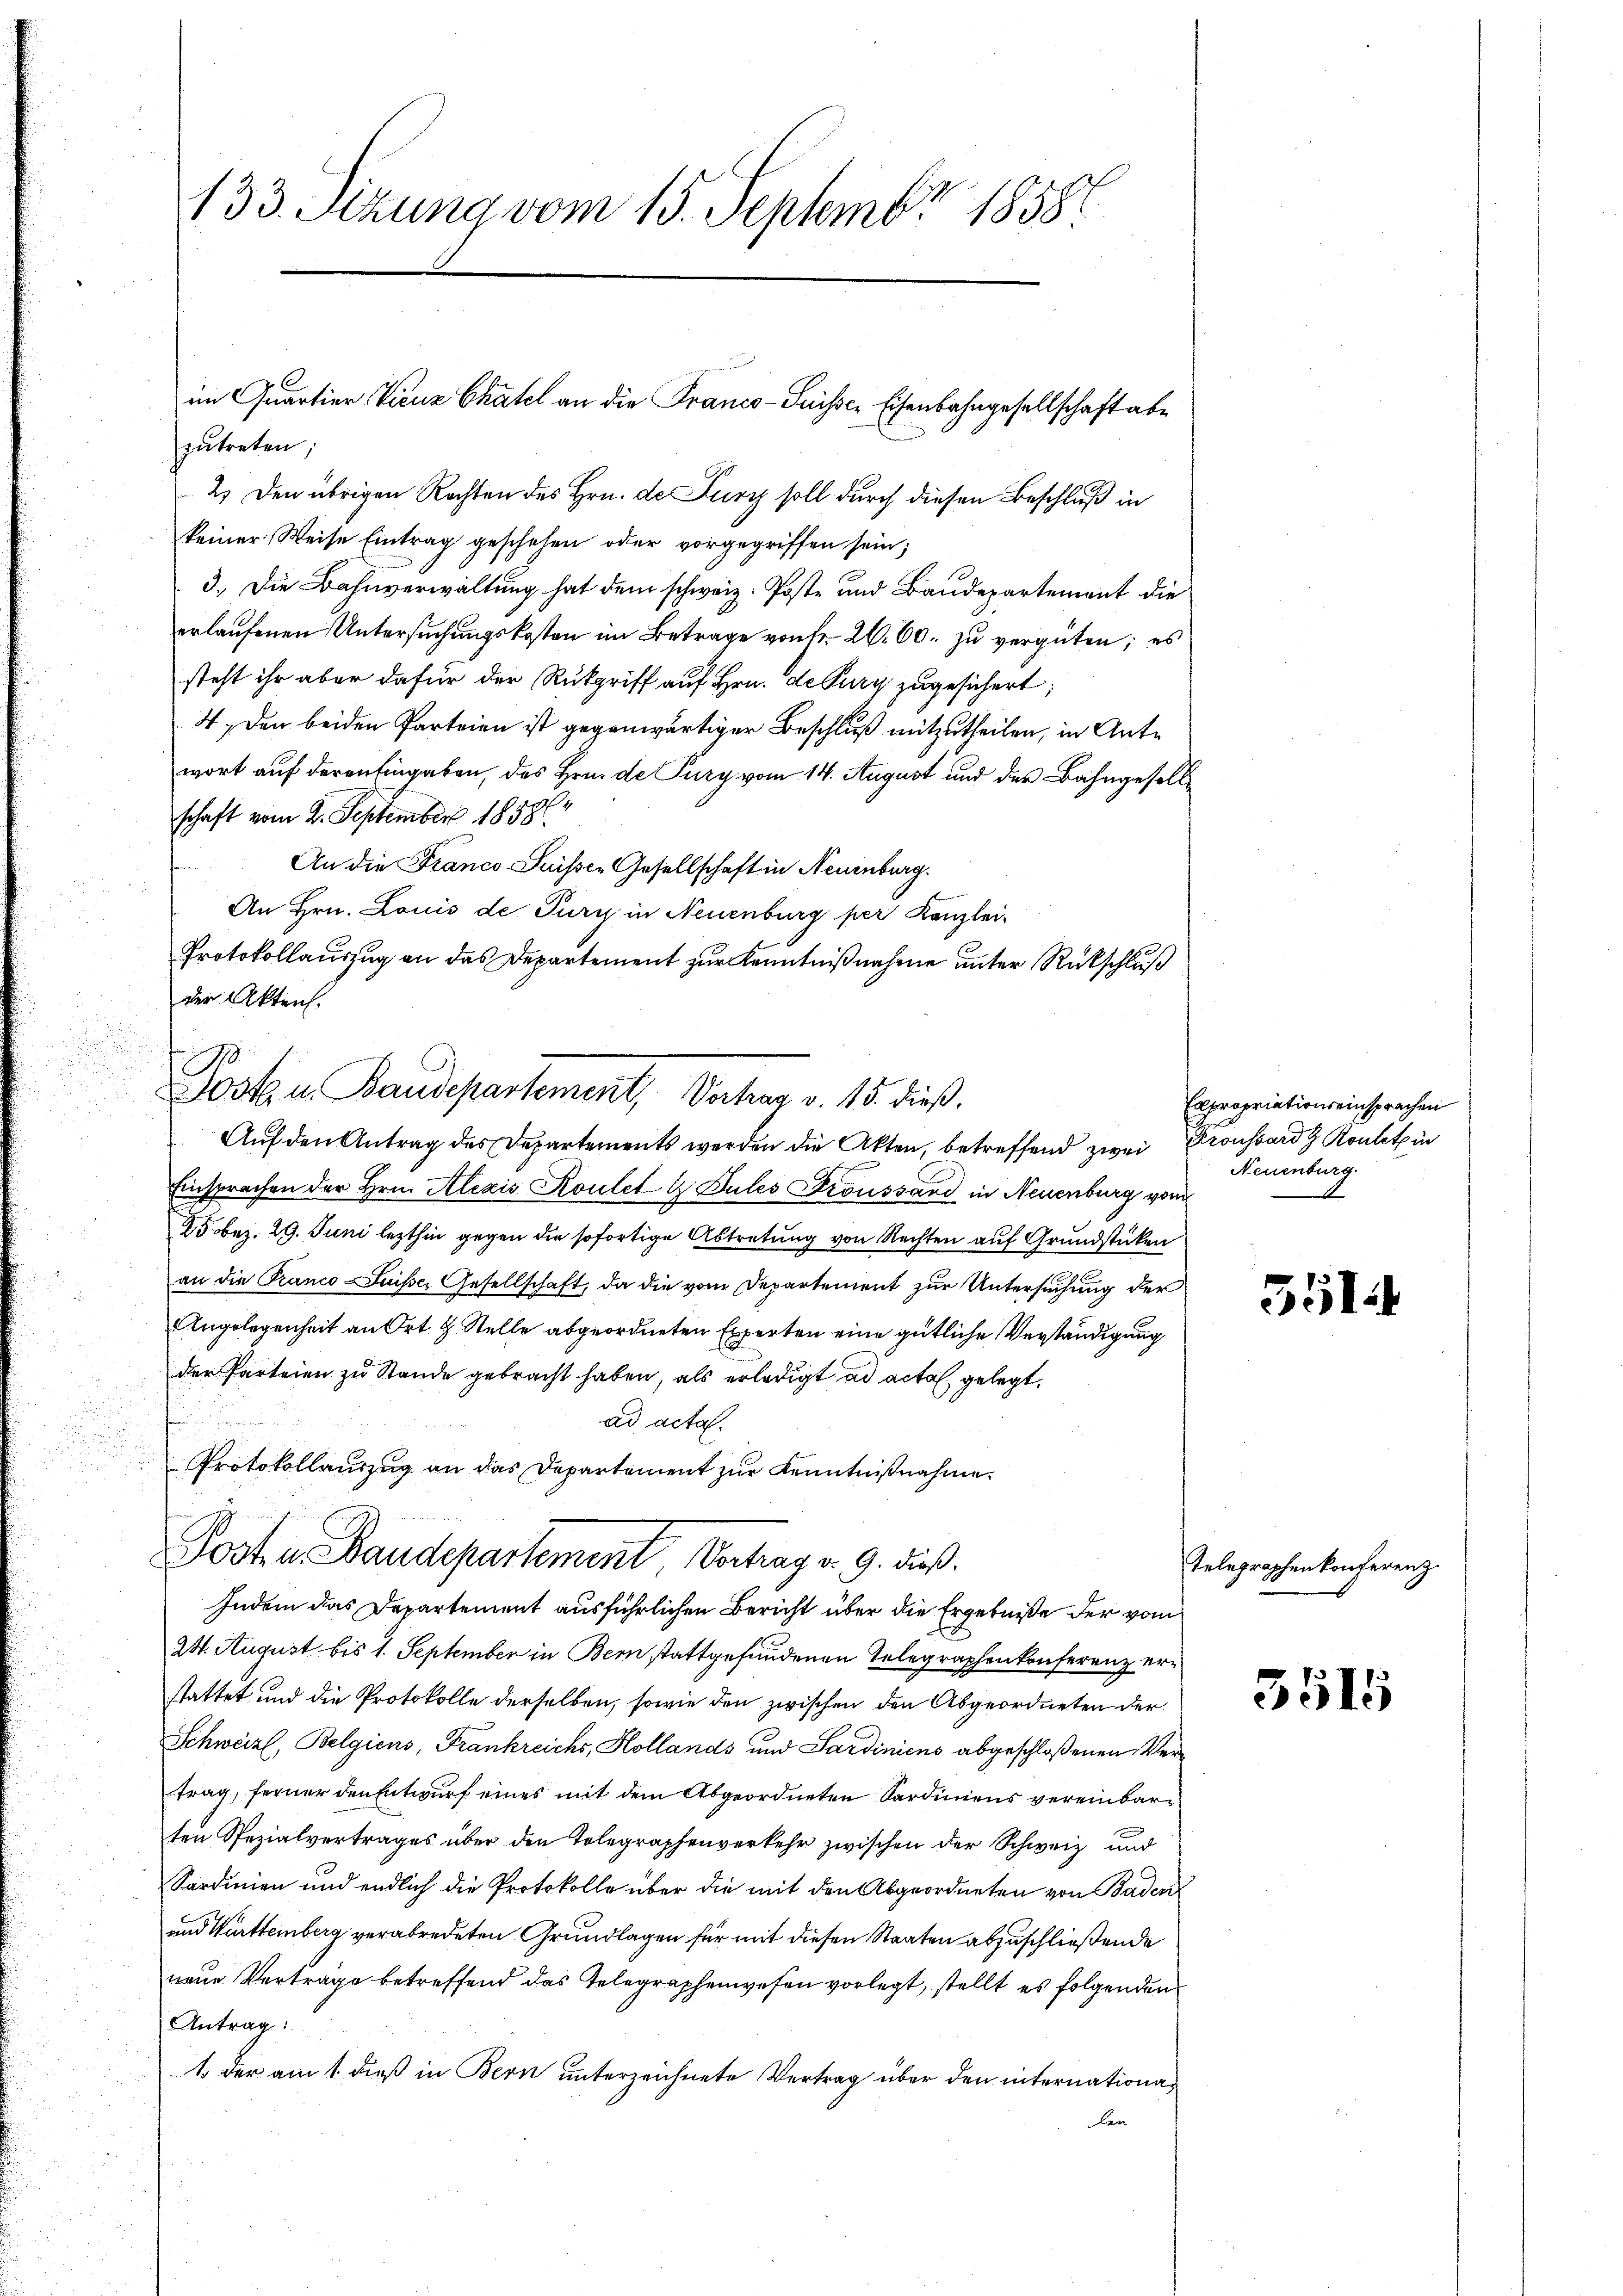
zŭtreten;
2.) Den übrigen Rechten des Hrn. de Furch soll durch diesen Beschluß in
keiner Weise Eintrag geschehen oder vorgegriffen sein;
3.) Die Bahnverwaltung hat dem schweiz. Poste und Baudepartement die
erlaufenen Untersuchungskosten im Betrage von Fr. 26. 60. zu vergüten; es
steht ihr aber dafür der Rückgriff auf Hrn. de Pury zugesichert;
4. Den beiden Parteien ist gegenwärtiger Beschluß mitzutheilen, in Ante
wort auf deren Eingaben, des Hrn. de Pury vom 14. August und der Bahngesellschaft vom 2. September 18586
sen
An die Franco Suisser Gesellschaft in Neuenburg.
An Hrn. Louis de Purg in Neuenburg per Kanzlei-
Protokollauszug an das Departement zur Kenntnißnahme unter Rückschluß
der Akten.
979
i
Jost u. Baudepartement, Vater v. 15. dieß.
.
Auf den Antrag des Departements werden die Akten, betreffend zwei Droussard Routet in
Einsprachen der Hrn. Alexis Roulet G Sules Froussand in Neuenburg von
25 bez. 29. Juni lezthin gegen die sofortige Abtretung von Rechten auf Grundstücken
an die Tranco-Suisses Gesellschaft, da die vom Departement zur Untersuchung der
Angelegenheit an Ort. H. Stelle abgeordneten Experten eine gütliche Verständigung
der Parteien zu Stande gebracht haben, als erledigt ad acta gelegt.
ad acta.
Protokollauszug an das Departement zur Kenntnißnahme.

133. Sizung vom 15. Septembr 1858

im Quartier Vienz Chätel an die Franco- Puisser Eisenbahngesellschaft abe

Posten Baudepartement Vortrag v. 9. dieß.
Indem das Departement ausführlichen Bericht über die Ergebniße der vom

24. August bis 1. September in Bern stattgefundenen Telegraphenkonferenz erstattet und die Protokolle derselben, sowie den zwischen den Abgeordneten der
Schweizl, Belgiens, Frankreichs, Hollands und Sardiniens abgeschloßenen Vertrag, ferner den Entwurf eines mit dem Abgeordneten Sardiniens vereinbarten Spezialvertrages über den Tolegraphenverkehr zwischen der Schweiz und
Sardinien und endlich die Protokolle über die mit den Abgeordneten von Baden
und Württemberg verabredeten Grundlagen für mit diesen Staaten abzuschließende
neue Verträge betreffend das Telegraphenwesen vorlegt, stellt es folgenden
Antrag:
1. der am 1. dieß in Bern unterzeichnete Vertrag über den internationaden

Expropriationseinsprachen
Neuenburg.

3514

Telegraphenkonferenz

3515